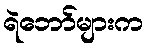
ရဲဘော်များက